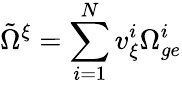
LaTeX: \tilde{\Omega}^{\xi}=\sum_{i=1}^{N}v_{\xi}^{i}\Omega_{ge}^{i}